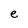
Character: e